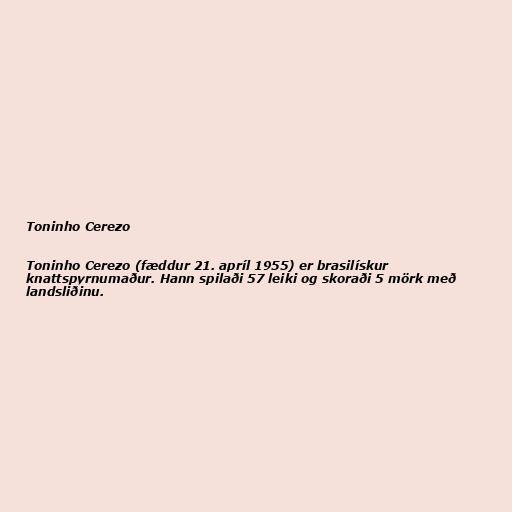
Toninho Cerezo

Toninho Cerezo (fæddur 21. apríl 1955) er brasilískur
knattspyrnumaður. Hann spilaði 57 leiki og skoraði 5 mörk með
landsliðinu.